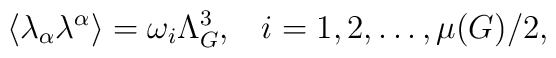
\langle \lambda_{\alpha}\lambda^{\alpha}\rangle=\omega_i\Lambda_G^3,\; \; \; i=1,2,\ldots ,\mu (G)/2,